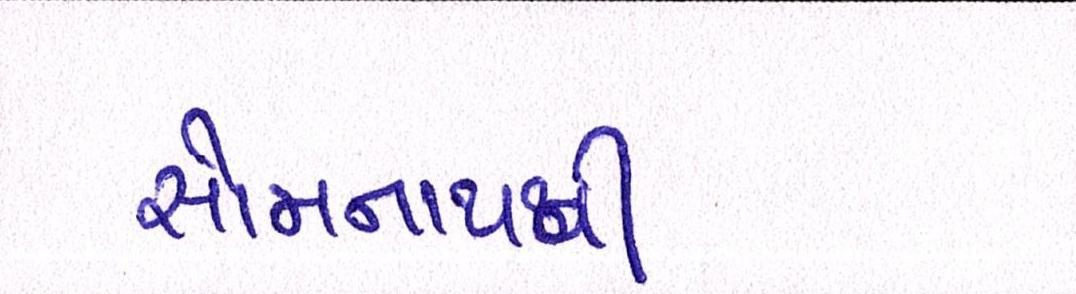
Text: સોમનાથથી